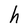
Character: h